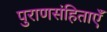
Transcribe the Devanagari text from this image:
पुराणसंहिताएँ